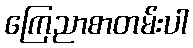
ကြေညာစာတမ်းပါ